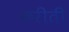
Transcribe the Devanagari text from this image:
करीती